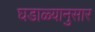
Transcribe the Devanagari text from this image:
घडाळ्यानुसार